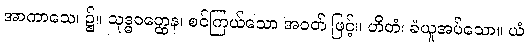
အာကာသေ၊ ၌။ သုဒ္ဓဝတ္ထေန၊ စင်ကြယ်သော အဝတ် ဖြင့်။ ဟိတံ၊ ခံယူအပ်သော။ ယံ